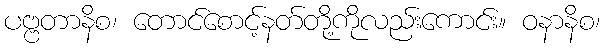
ပဗ္ဗတာနိစ၊ တောင်စောင့်နတ်တို့ကိုလည်းကောင်း။ ဝနာနိစ၊